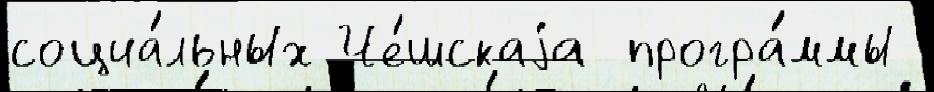
социа́льных Че́шскаjа програ́ммы